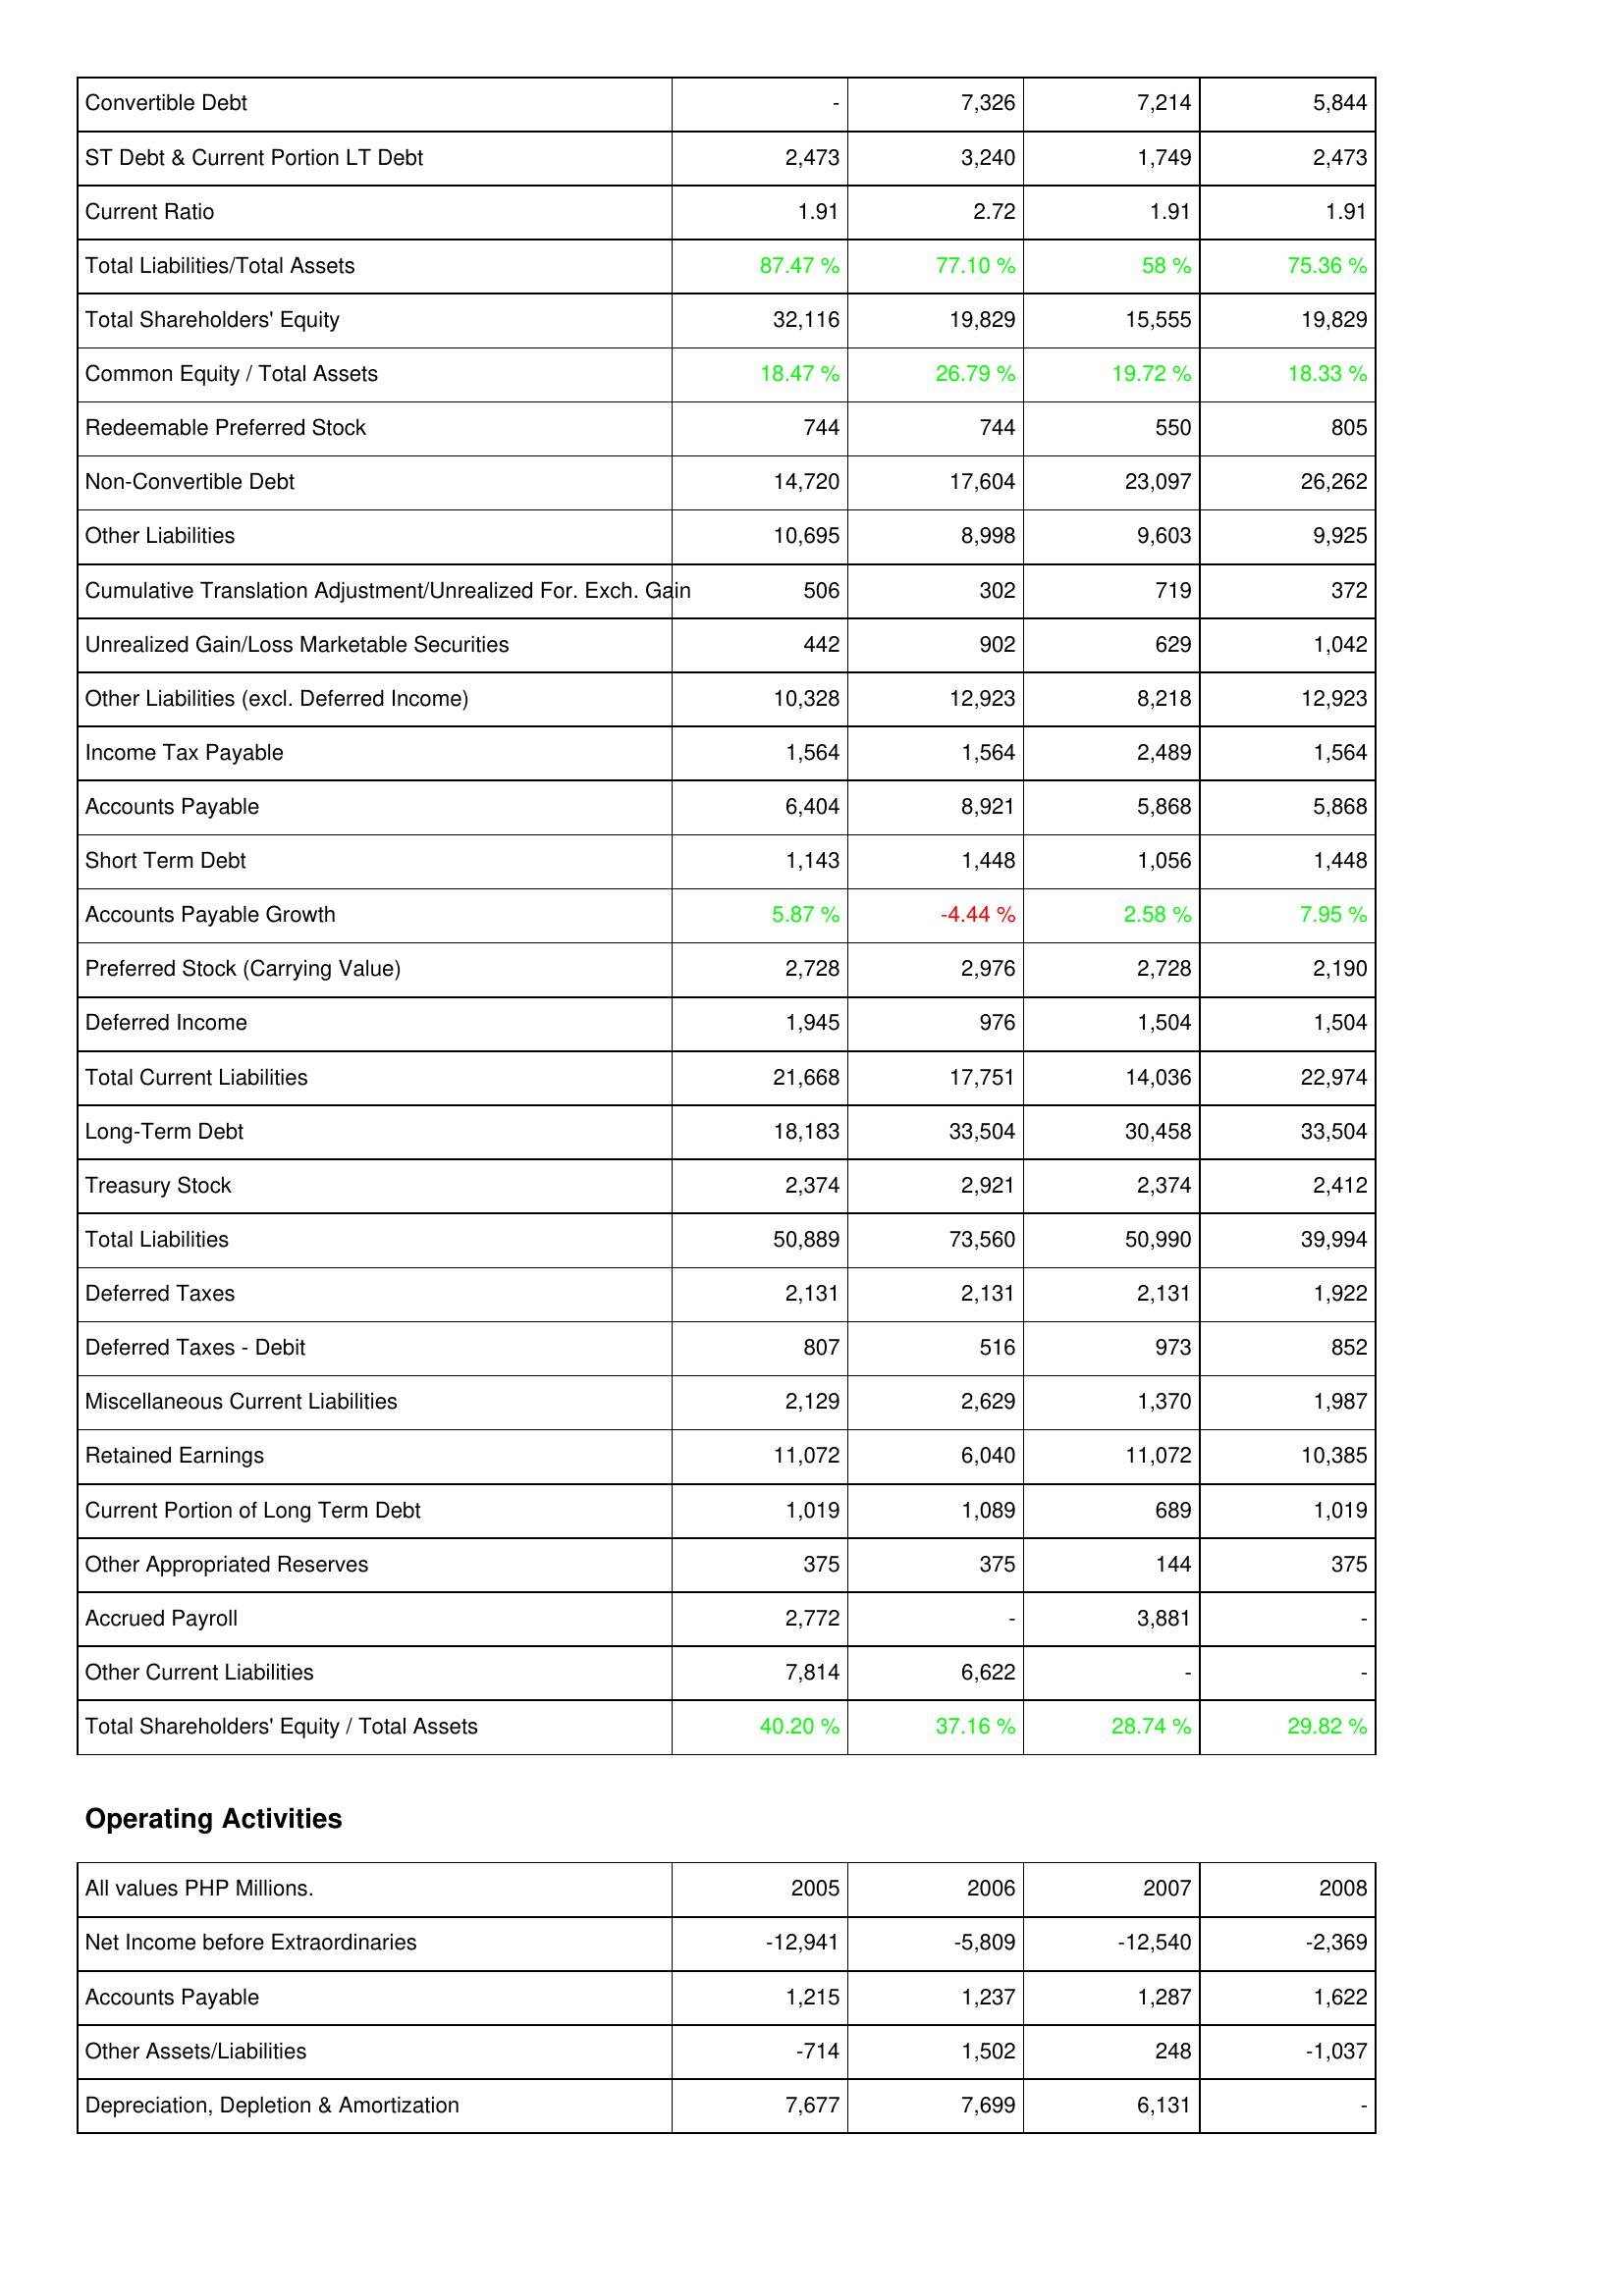
2005: Liabilities & Shareholders' Equity: Convertible Debt: -
ST Debt & Current Portion LT Debt: 2,473
Current Ratio: 1.91
Total Liabilities/Total Assets: 87.47 %
Total Shareholders' Equity: 32,116
Common Equity / Total Assets: 18.47 %
Redeemable Preferred Stock: 744
Non-Convertible Debt: 14,720
Other Liabilities: 10,695
Cumulative Translation Adjustment/Unrealized For. Exch. Gain: 506
Unrealized Gain/Loss Marketable Securities: 442
Other Liabilities (excl. Deferred Income): 10,328
Income Tax Payable: 1,564
Accounts Payable: 6,404
Short Term Debt: 1,143
Accounts Payable Growth: 5.87 %
Preferred Stock (Carrying Value): 2,728
Deferred Income: 1,945
Total Current Liabilities: 21,668
Long-Term Debt: 18,183
Treasury Stock: 2,374
Total Liabilities: 50,889
Deferred Taxes: 2,131
Deferred Taxes - Debit: 807
Miscellaneous Current Liabilities: 2,129
Retained Earnings: 11,072
Current Portion of Long Term Debt: 1,019
Other Appropriated Reserves: 375
Accrued Payroll: 2,772
Other Current Liabilities: 7,814
Total Shareholders' Equity / Total Assets: 40.20 %
Operating Activities: Net Income before Extraordinaries: -12,941
Accounts Payable: 1,215
Other Assets/Liabilities: -714
Depreciation, Depletion & Amortization: 7,677
2006: Liabilities & Shareholders' Equity: Convertible Debt: 7,326
ST Debt & Current Portion LT Debt: 3,240
Current Ratio: 2.72
Total Liabilities/Total Assets: 77.10 %
Total Shareholders' Equity: 19,829
Common Equity / Total Assets: 26.79 %
Redeemable Preferred Stock: 744
Non-Convertible Debt: 17,604
Other Liabilities: 8,998
Cumulative Translation Adjustment/Unrealized For. Exch. Gain: 302
Unrealized Gain/Loss Marketable Securities: 902
Other Liabilities (excl. Deferred Income): 12,923
Income Tax Payable: 1,564
Accounts Payable: 8,921
Short Term Debt: 1,448
Accounts Payable Growth: -4.44 %
Preferred Stock (Carrying Value): 2,976
Deferred Income: 976
Total Current Liabilities: 17,751
Long-Term Debt: 33,504
Treasury Stock: 2,921
Total Liabilities: 73,560
Deferred Taxes: 2,131
Deferred Taxes - Debit: 516
Miscellaneous Current Liabilities: 2,629
Retained Earnings: 6,040
Current Portion of Long Term Debt: 1,089
Other Appropriated Reserves: 375
Accrued Payroll: -
Other Current Liabilities: 6,622
Total Shareholders' Equity / Total Assets: 37.16 %
Operating Activities: Net Income before Extraordinaries: -5,809
Accounts Payable: 1,237
Other Assets/Liabilities: 1,502
Depreciation, Depletion & Amortization: 7,699
2007: Liabilities & Shareholders' Equity: Convertible Debt: 7,214
ST Debt & Current Portion LT Debt: 1,749
Current Ratio: 1.91
Total Liabilities/Total Assets: 58 %
Total Shareholders' Equity: 15,555
Common Equity / Total Assets: 19.72 %
Redeemable Preferred Stock: 550
Non-Convertible Debt: 23,097
Other Liabilities: 9,603
Cumulative Translation Adjustment/Unrealized For. Exch. Gain: 719
Unrealized Gain/Loss Marketable Securities: 629
Other Liabilities (excl. Deferred Income): 8,218
Income Tax Payable: 2,489
Accounts Payable: 5,868
Short Term Debt: 1,056
Accounts Payable Growth: 2.58 %
Preferred Stock (Carrying Value): 2,728
Deferred Income: 1,504
Total Current Liabilities: 14,036
Long-Term Debt: 30,458
Treasury Stock: 2,374
Total Liabilities: 50,990
Deferred Taxes: 2,131
Deferred Taxes - Debit: 973
Miscellaneous Current Liabilities: 1,370
Retained Earnings: 11,072
Current Portion of Long Term Debt: 689
Other Appropriated Reserves: 144
Accrued Payroll: 3,881
Other Current Liabilities: -
Total Shareholders' Equity / Total Assets: 28.74 %
Operating Activities: Net Income before Extraordinaries: -12,540
Accounts Payable: 1,287
Other Assets/Liabilities: 248
Depreciation, Depletion & Amortization: 6,131
2008: Liabilities & Shareholders' Equity: Convertible Debt: 5,844
ST Debt & Current Portion LT Debt: 2,473
Current Ratio: 1.91
Total Liabilities/Total Assets: 75.36 %
Total Shareholders' Equity: 19,829
Common Equity / Total Assets: 18.33 %
Redeemable Preferred Stock: 805
Non-Convertible Debt: 26,262
Other Liabilities: 9,925
Cumulative Translation Adjustment/Unrealized For. Exch. Gain: 372
Unrealized Gain/Loss Marketable Securities: 1,042
Other Liabilities (excl. Deferred Income): 12,923
Income Tax Payable: 1,564
Accounts Payable: 5,868
Short Term Debt: 1,448
Accounts Payable Growth: 7.95 %
Preferred Stock (Carrying Value): 2,190
Deferred Income: 1,504
Total Current Liabilities: 22,974
Long-Term Debt: 33,504
Treasury Stock: 2,412
Total Liabilities: 39,994
Deferred Taxes: 1,922
Deferred Taxes - Debit: 852
Miscellaneous Current Liabilities: 1,987
Retained Earnings: 10,385
Current Portion of Long Term Debt: 1,019
Other Appropriated Reserves: 375
Accrued Payroll: -
Other Current Liabilities: -
Total Shareholders' Equity / Total Assets: 29.82 %
Operating Activities: Net Income before Extraordinaries: -2,369
Accounts Payable: 1,622
Other Assets/Liabilities: -1,037
Depreciation, Depletion & Amortization: -